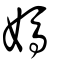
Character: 媽